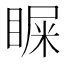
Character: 𪾴